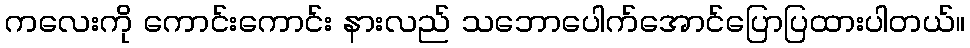
ကလေးကို ကောင်းကောင်း နားလည် သဘောပေါက်အောင်ပြောပြထားပါတယ်။